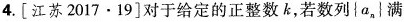
4. [江苏2017·19]对于给定的正整数k，若数列\{a_{n}\}|满